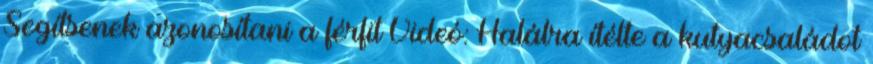
Segítsenek azonosítani a férfit Videó: Halálra ítélte a kutyacsaládot